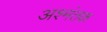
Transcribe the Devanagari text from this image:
अश्मंतक